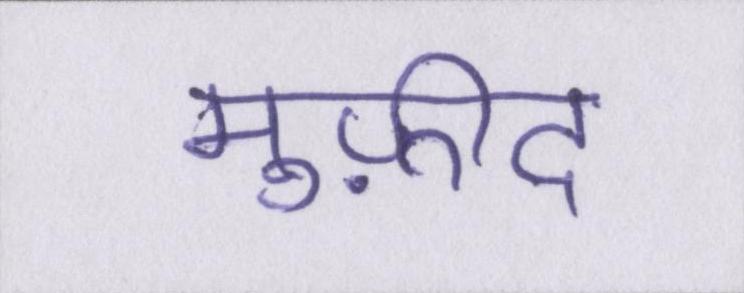
मुफ़ीद